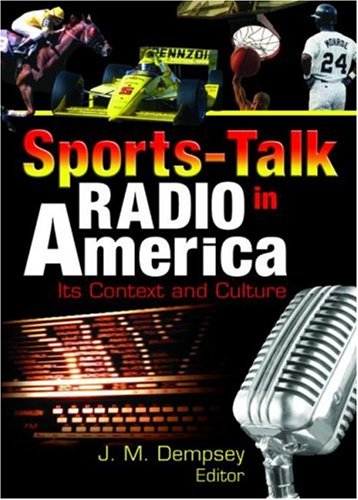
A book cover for Sports-Talk Radio in America: Its Context and Culture (Contemporary Sports Issues); Frank Hoffmann; Humor & Entertainment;